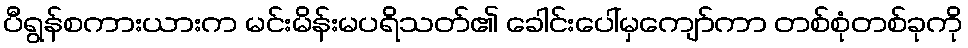
ပီရွန်စကားယားက မင်းမိန်းမပရိသတ်၏ ခေါင်းပေါ်မှကျော်ကာ တစ်စုံတစ်ခုကို